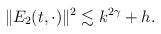
LaTeX: \begin{align*}\|E_2(t,\cdot)\|^2\lesssim k^{2\gamma}+h.\end{align*}